Medical and sanitary report of the native army of Bengal for the year
Year: 1877
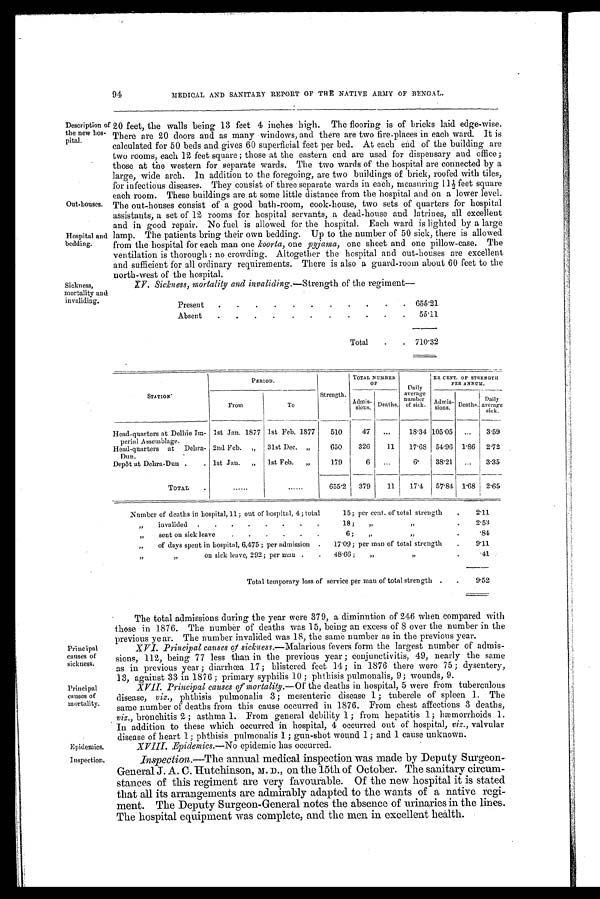
Principal
causes of
sickness.
Principal
c auses of
mortality.
94
MEDICAL AND SANITARY REPORT OF THE NATIVE ARMY OF BENGAL.
Description of
the new hos-
pital.
Out-houses.
Hospital and
bedding.
Sickness,
mortality and.
invaliding.
20 feet, the walls being 13 feet 4 inches high. The flooring is of bricks laid edge-wise.
There are 20 doors and as many windows, and there are two fire-places in each ward. It is
calculated for 50 beds and gives 60 superficial feet per bed. At each end of the building are
two rooms, each 12 feet square ; those at the eastern end are used for dispensary and office;
those at the western for separate wards. The two wards of the hospital are connected by a
large, wide arch. In addition to the foregoing, are two buildings of brick, roofed with tiles,
for infectious diseases. They consist of three separate wards in each, measuring 11½ feet square
each room. These buildings are at some little distance from the hospital and on a lower level.
The out-houses consist of a good bath-room, cook-house, two sets of quarters for hospital
assistants, a set of 12 rooms for hospital servants, a dead-house and latrines, all excellent
and in good repair. No fuel is allowed for the hospital. Each ward is lighted by a large
lamp. The patients bring their own bedding. Up to the number of 50 sick, there is allowed
from the hospital for each man one koorta, one pyjama, one sheet and one pillow-case. The
ventilation is thorough : no crowding. Altogether the hospital and out-houses are excellent
and sufficient for all ordinary requirements. There is also a guard-room about 60 feet to the
north-west of the hospital.
XV. Sickness, mortality and invaliding .—Strength of the regiment
Present . .
.
.
. .
.
. .
.
655.21
Absent . . . .
. .
.
. . .
55.11
Total .
710.32
S T A T I O N .
P E R I O D .
Strength,
TOTAL NUMBER
OF
Only
average
number
of sick.
P E R C E N T . O F S T R E N
G T H
PER ANNUM.
From
To
Admis-
sions. Deaths.
Admis-
sions. Deaths.
Daily
average
sick.
Head-quarters at Delhie Im-
perial Assemblage.
1st Jan. 1877 1st Feb. 1877 510
47 ...
18.34 105.05 ... 3.59
Head-quarters at Debra-
Dun.
2nd Feb. „ 31st Dec. „
650 326
11 17.68 54.96 1.86 2.72
Depôt at Debra-Dun .
. lst Jan. „ 1st Feb. „
179
6 .
38.21 ... 3.35
TOTAL .
......
......
655.2 379
11 17.4 57.84 1.68 2.65
Number of deaths in hospital, 11; out of hospital, 4; total
15; per cent. of total strength
. 2.11
„ invalided . . . . . . . .
18 ; „
.
2.53
„ sent on sick leave
. . . . . .
6 ; ,
,,
.84
„
of days spent in hospital, 6,475; per admission
.
17.09; per man of total strength
.
9.11
„ „
on sick leave, 292; per man . .
48.66; „
,,
. 44
Total temporary loss of service per man of total strength
. .
9.52
Epidemics.
Inspection.
The total admissions during the year were 379, a diminution of 246 when compared with
those in 1876. The number of deaths was 15, being an excess of 8 over the number in the
previous year. The number invalided was 18, the same number as in the previous year.
XVI. Principal causes of sickness .—Malarious fevers form the largest number of admis-
sions, 112, being 77 less than in the previous year ; conjunctivitis, 49, nearly the same
as in previous year ; diarrhœa 17; blistered feet 14; in 1876 there were 75 ; dysentery,
13, against 33 in 1876 ; primary syphilis 10 ; phthisis pulmonalis, 9; wounds, 9.
XVII. Principal causes of mortality.— Of the deaths in hospital, 5 were from tuberculous
disease, viz., phthisis pulmonalis 3 ; mesenteric disease 1 ; tubercle of spleen 1. The
same number of deaths from this cause occurred in 1876. From chest affections 3 deaths,
viz., bronchitis 2 ; asthma 1. From general debility 1 ; from hepatitis 1; hæmorrhoids 1.
In addition to these which occurred in hospital, 4 occurred out of hospital, viz., valvular
disease of heart 1; phthisis pulmonalis 1 ; gun-shot wound 1; and 1 cause unknown.
XVIII. Epidemics.—No epidemic has occurred.
Inspection.--The annual medical inspection was made by Deputy Surgeon-
General J. A. C. Hutchinson, M. D., on the 15th of October. The sanitary circum-
stances of this regiment are very favourable. Of the new hospital it is stated
that all its arrangements are admirably adapted to the wants of a native regi-
ment. The Deputy Surgeon-General notes the absence of urinaries in the lines.
The hospital equipment was complete, and the men in excellent health.